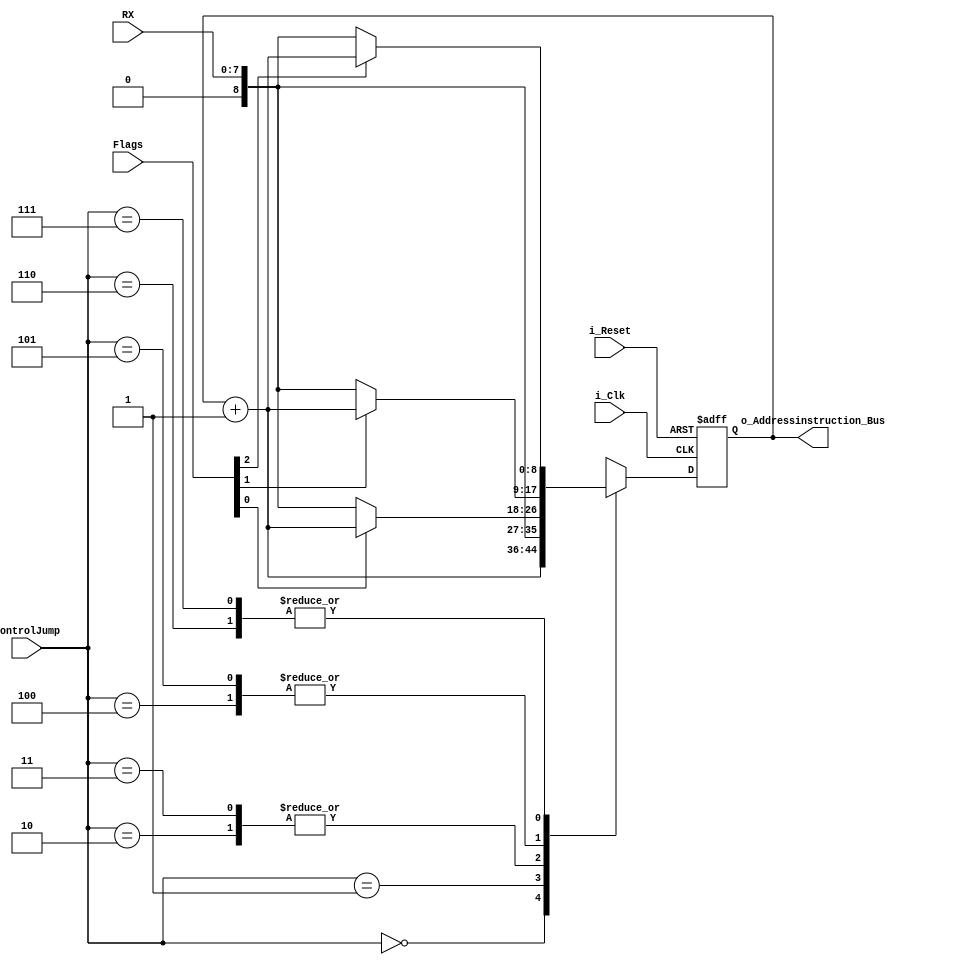
`timescale 1ns / 1ps
//////////////////////////////////////////////////////////////////////////////////
// Company: 
// Engineer: 
// 
// Design Name: 
// Module Name: Modulo_de_Control
// Project Name: 
// Target Devices: 
// Tool Versions: 
// Description: 
// 
// Dependencies: 
// 
// Revision:
// Revision 0.01 - File Created
// Additional Comments:
// 
//////////////////////////////////////////////////////////////////////////////////

module Jump(
           input i_Reset,
 	       input i_Clk,
           input [7:0] RX,
           input [2:0] Flags,
           input [2:0] ControlJump,
           output reg [8:0] o_Addressinstruction_Bus
    ); 
    
    
             always@(posedge i_Clk, posedge i_Reset)
             begin
             if (i_Reset)
                begin
                    o_Addressinstruction_Bus=0;
                end
                else
                    case(ControlJump)
                        3'b000: o_Addressinstruction_Bus=o_Addressinstruction_Bus+9'b000000001;
                        3'b001:
                               o_Addressinstruction_Bus=RX;
                        3'b010:
                            begin
                                if (Flags[0])
                                    o_Addressinstruction_Bus=o_Addressinstruction_Bus+9'b000000001;
                                else
                                    o_Addressinstruction_Bus=RX;
                            end
                        3'b011:
                            begin
                                if (~Flags[0])
                                   o_Addressinstruction_Bus=RX;
                                else
                                    o_Addressinstruction_Bus=o_Addressinstruction_Bus+9'b000000001;
                            end
                        3'b100:
                            begin
                                if (Flags[1])
                                   o_Addressinstruction_Bus=o_Addressinstruction_Bus+9'b000000001;
                                else
                                    o_Addressinstruction_Bus=RX;
                            end
                        3'b101:
                            begin
                                if (~Flags[1])
                                    o_Addressinstruction_Bus=RX;
                                else
                                    o_Addressinstruction_Bus=o_Addressinstruction_Bus+9'b000000001;
                            end
                            
                        3'b110:
                            begin
                                if (Flags[2])
                                o_Addressinstruction_Bus=o_Addressinstruction_Bus+9'b000000001;
                                else
                                o_Addressinstruction_Bus=RX;
                                    
                            end
                        3'b111:
                            begin
                                if (~Flags[2])
                                o_Addressinstruction_Bus=RX;
                                else
                                o_Addressinstruction_Bus=o_Addressinstruction_Bus+9'b000000001;
                                                                
                                                                    
                            end
                    endcase
            end
endmodule